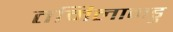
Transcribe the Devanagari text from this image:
तमिलानडु